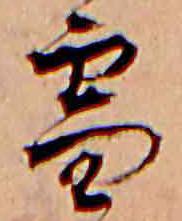
雪